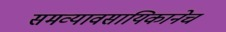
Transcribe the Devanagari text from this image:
समव्यावसायिकानेच